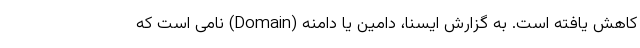
کاهش یافته است. به گزارش ایسنا، دامین یا دامنه (Domain) نامی است که